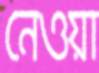
নেওয়া